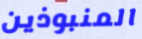
المنبوذين